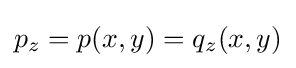
p_{z}=p(x,y)=q_{z}(x,y)